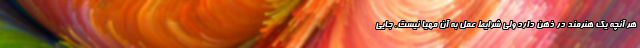
هر آنچه یک هنرمند در ذهن دارد ولی شرایط عمل به آن مهیا نیست. جایی